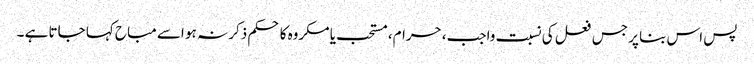
پس اس بنا پر جس فعل کی نسبت واجب، حرام، مستحب یا مکروه کا حکم ذکر نہ ہو اسے مباح کہا جاتا ہے ۔